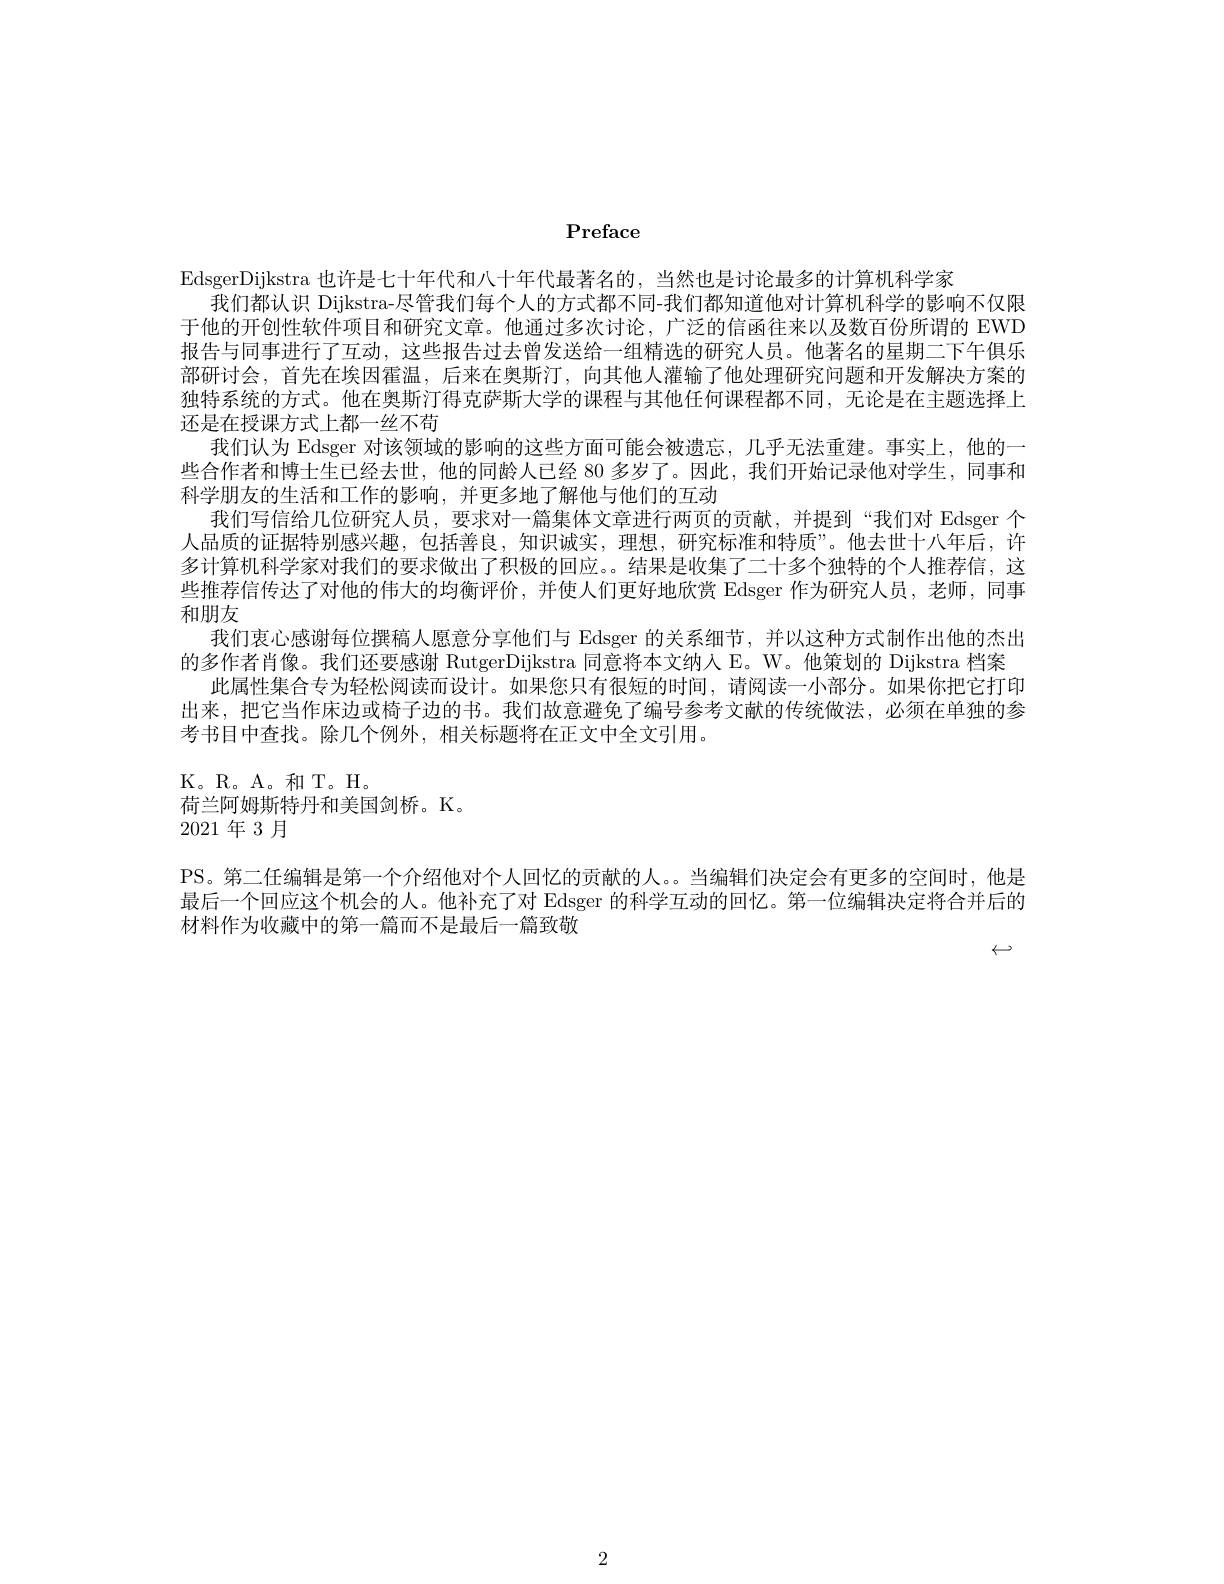
Preface

EdsgerDijkstra 也许是七十年代和八十年代最著名的，当然也是讨论最多的计算机科学家
我们都认识 Dijkstra-尽管我们每个人的方式都不同-我们都知道他对计算机科学的影响不仅限于他的开创性软件项目和研究文章。他通过多次讨论，广泛的信函往来以及数百份所谓的 EWD 报告与同事进行了互动，这些报告过去曾发送给一组精选的研究人员。他著名的星期二下午俱乐部研讨会，首先在埃因霍温，后来在奥斯汀，向其他人灌输了他处理研究问题和开发解决方案的独特系统的方式。他在奥斯汀得克萨斯大学的课程与其他任何课程都不同，无论是在主题选择上还是在授课方式上都一丝不苟
我们认为 Edsger 对该领域的影响的这些方面可能会被遗忘，几乎无法重建。事实上，他的一些合作者和博士生已经去世，他的同龄人已经 80 多岁了。因此，我们开始记录他对学生，同事和科学朋友的生活和工作的影响，并更多地了解他与他们的互动
我们写信给几位研究人员，要求对一篇集体文章进行两页的贡献，并提到“我们对 Edsger 个人品质的证据特别感兴趣，包括善良，知识诚实，理想，研究标准和特质”。他去世十八年后，许多计算机科学家对我们的要求做出了积极的回应。。结果是收集了二十多个独特的个人推荐信，这些推荐信传达了对他的伟大的均衡评价，并使人们更好地欣赏 Edsger 作为研究人员，老师，同事和朋友
我们衷心感谢每位撰稿人愿意分享他们与 Edsger 的关系细节，并以这种方式制作出他的杰出
的多作者肖像。我们还要感谢 RutgerDijkstra 同意将本文纳人 E。W。他策划的 Dijkstra 档案
此属性集合专为轻松阅读而设计。如果您只有很短的时间，请阅读一小部分。如果你把它打印出来，把它当作床边或椅子边的书。我们故意避免了编号参考文献的传统做法，必须在单独的参考书目中查找。除几个例外，相关标题将在正文中全文引用。

K。R。A。和 T。H。

荷兰阿姆斯特丹和美国剑桥。K。

2021年 3月

PS。第二任编辑是第一个介绍他对个人回忆的贡献的人。。当编辑们决定会有更多的空间时，他是最后一个回应这个机会的人。他补充了对 Edsger 的科学互动的回忆。第一位编辑决定将合并后的材料作为收藏中的第一篇而不是最后一篇致敬
$\leftrightarrow$

2